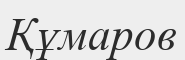
Құмаров